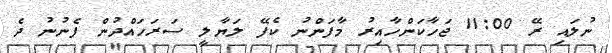
ނުލައި ރޭ 11:00 ޖަހާކަންހާއިރު މާފަންނު ކެފޭ ލަޔާލީ ސަރަހައްދުން ފެނުނު ދެ